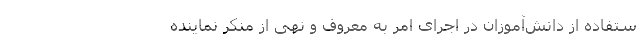
ستفاده از دانش‌آموزان در اجرای امر به معروف و نهی از منکر نماینده